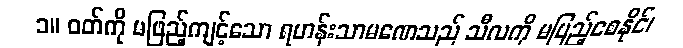
၁။ ဝတ်ကို မဖြည့်ကျင့်သော ရဟန်းသာမဏေသည် သီလကို မပြည့်စေနိုင်၊